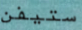
ستيفن